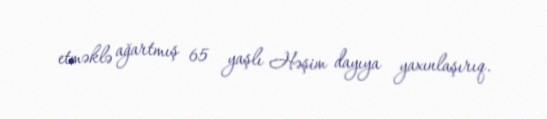
etməklə ağartmış 65 yaşlı Həşim dayıya yaxınlaşırıq.